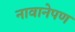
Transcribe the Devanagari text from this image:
नावानेपण